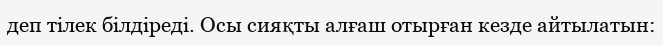
деп тiлек бiлдiредi. Осы сияқты алғаш отырған кезде айтылатын: